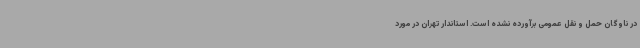
در ناوگان حمل و نقل عمومی برآورده نشده است. استاندار تهران در مورد